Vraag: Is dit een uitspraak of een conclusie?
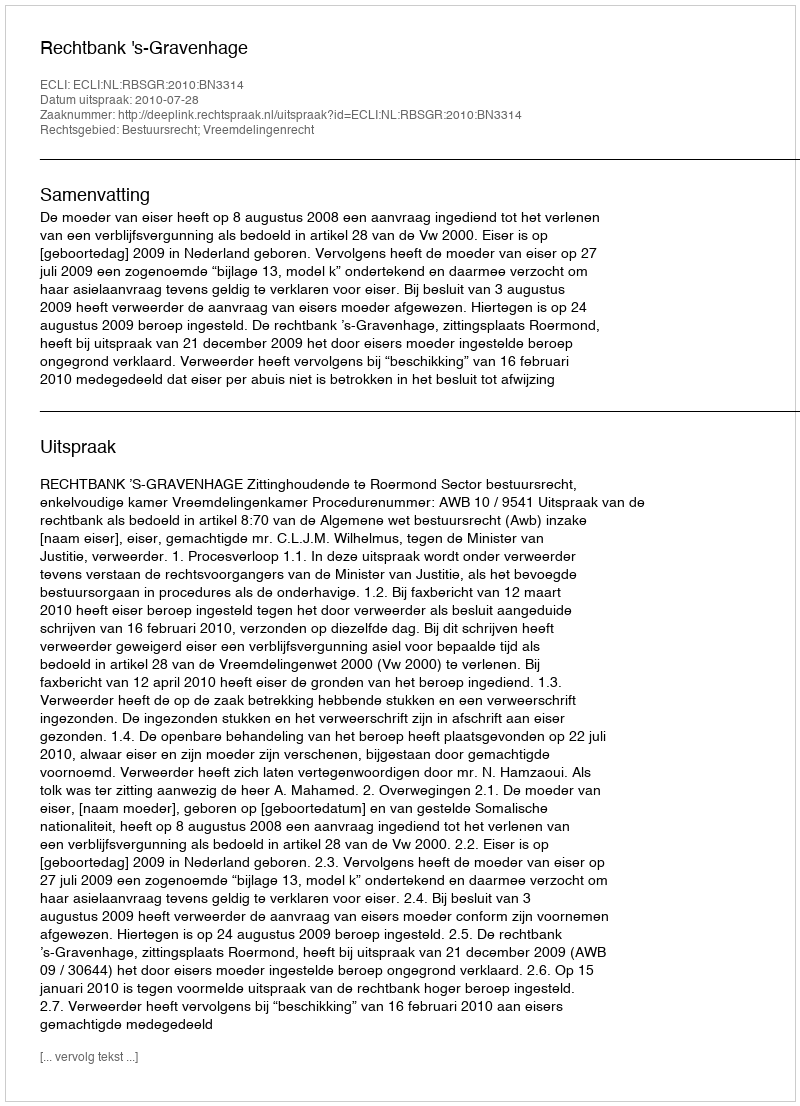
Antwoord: Uitspraak